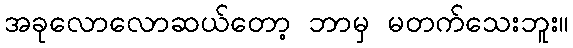
အခုလောလောဆယ်တော့ ဘာမှ မတက်သေးဘူး။